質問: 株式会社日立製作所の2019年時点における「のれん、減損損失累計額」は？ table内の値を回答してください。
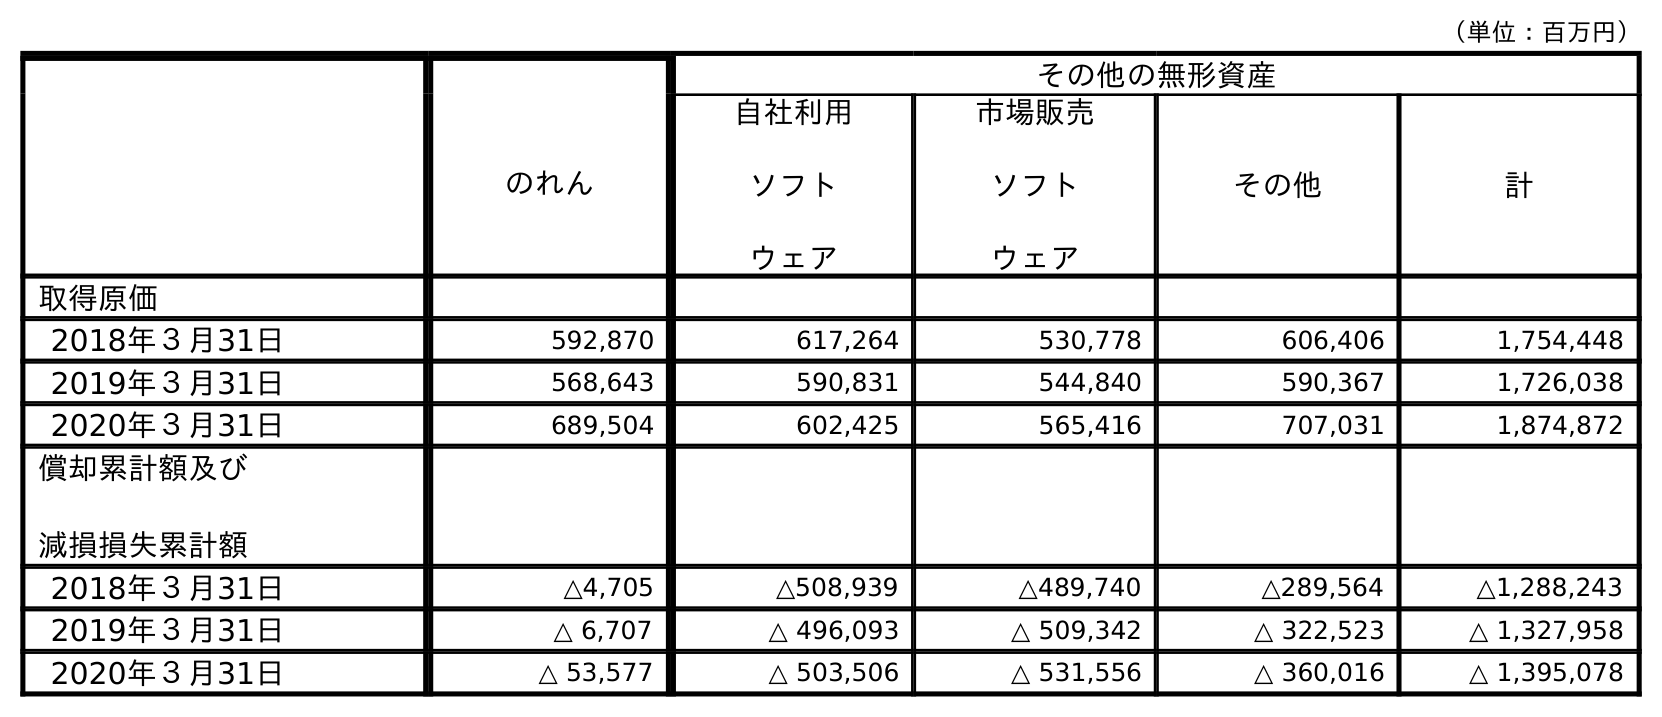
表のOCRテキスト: （単位：百万円） その他の無形資産 のれん 自社利用 ソフト ウェア 市場販売 ソフト ウェア その他 計 取得原価 2018年３月31日 592,870 617,264 530,778 606,406 1,754,448 2019年３月31日 568,643 590,831 544,840 590,367 1,726,038 2020年３月31日 689,504 602,425 565,416 707,031 1,874,872 償却累計額及び 減損損失累計額 2018年３月31日 △4,705 △508,939 △489,740 △289,564 △1,288,243 2019年３月31日 △ 6,707 △ 496,093 △ 509,342 △ 322,523 △ 1,327,958 2020年３月31日 △ 53,577 △ 503,506 △ 531,556 △ 360,016 △ 1,395,078
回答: △6,707